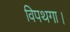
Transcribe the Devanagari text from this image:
विपथगा।